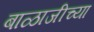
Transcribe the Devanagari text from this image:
बाळाजीच्या